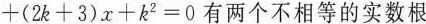
+ ( 2 k + 3 ) x + k ^ { 2 } = 0$$有两个不相等的实数根